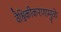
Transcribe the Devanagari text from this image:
वैश्विकीकरणामुळे